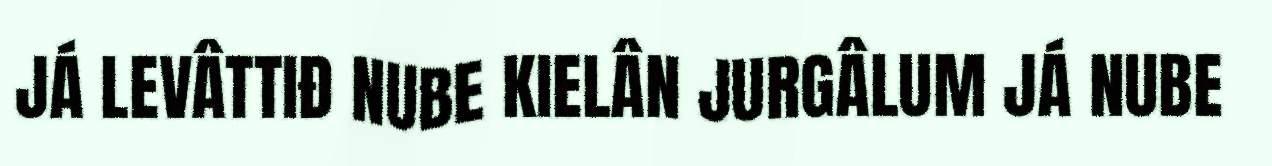
JÁ LEVÂTTIĐ NUBE KIELÂN JURGÂLUM JÁ NUBE